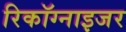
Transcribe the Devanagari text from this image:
रिकॉग्नाइजर